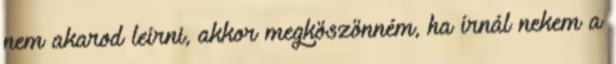
nem akarod leírni, akkor megköszönném, ha írnál nekem a